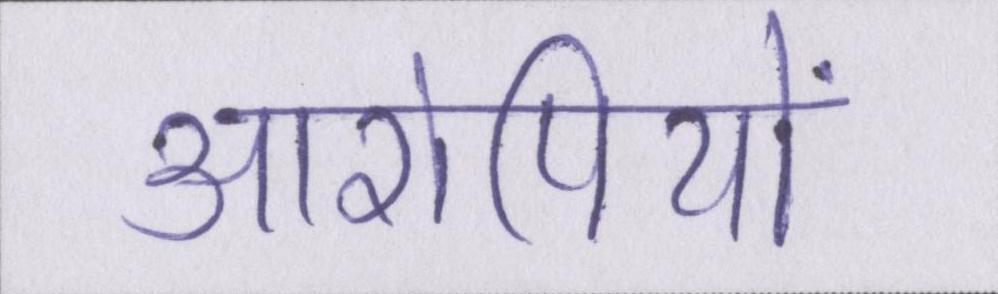
आरोपियों